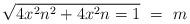
LaTeX: \begin{align*} \sqrt{4x^2n^2+4x^2n=1} \ = \ m\end{align*}